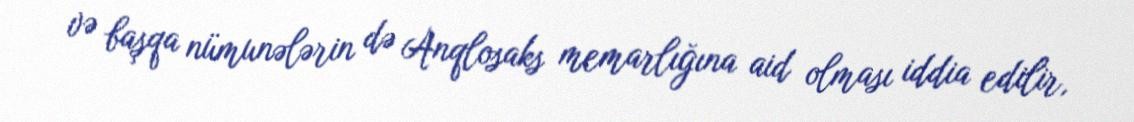
və başqa nümunələrin də Anqlosaks memarlığına aid olması iddia edilir,